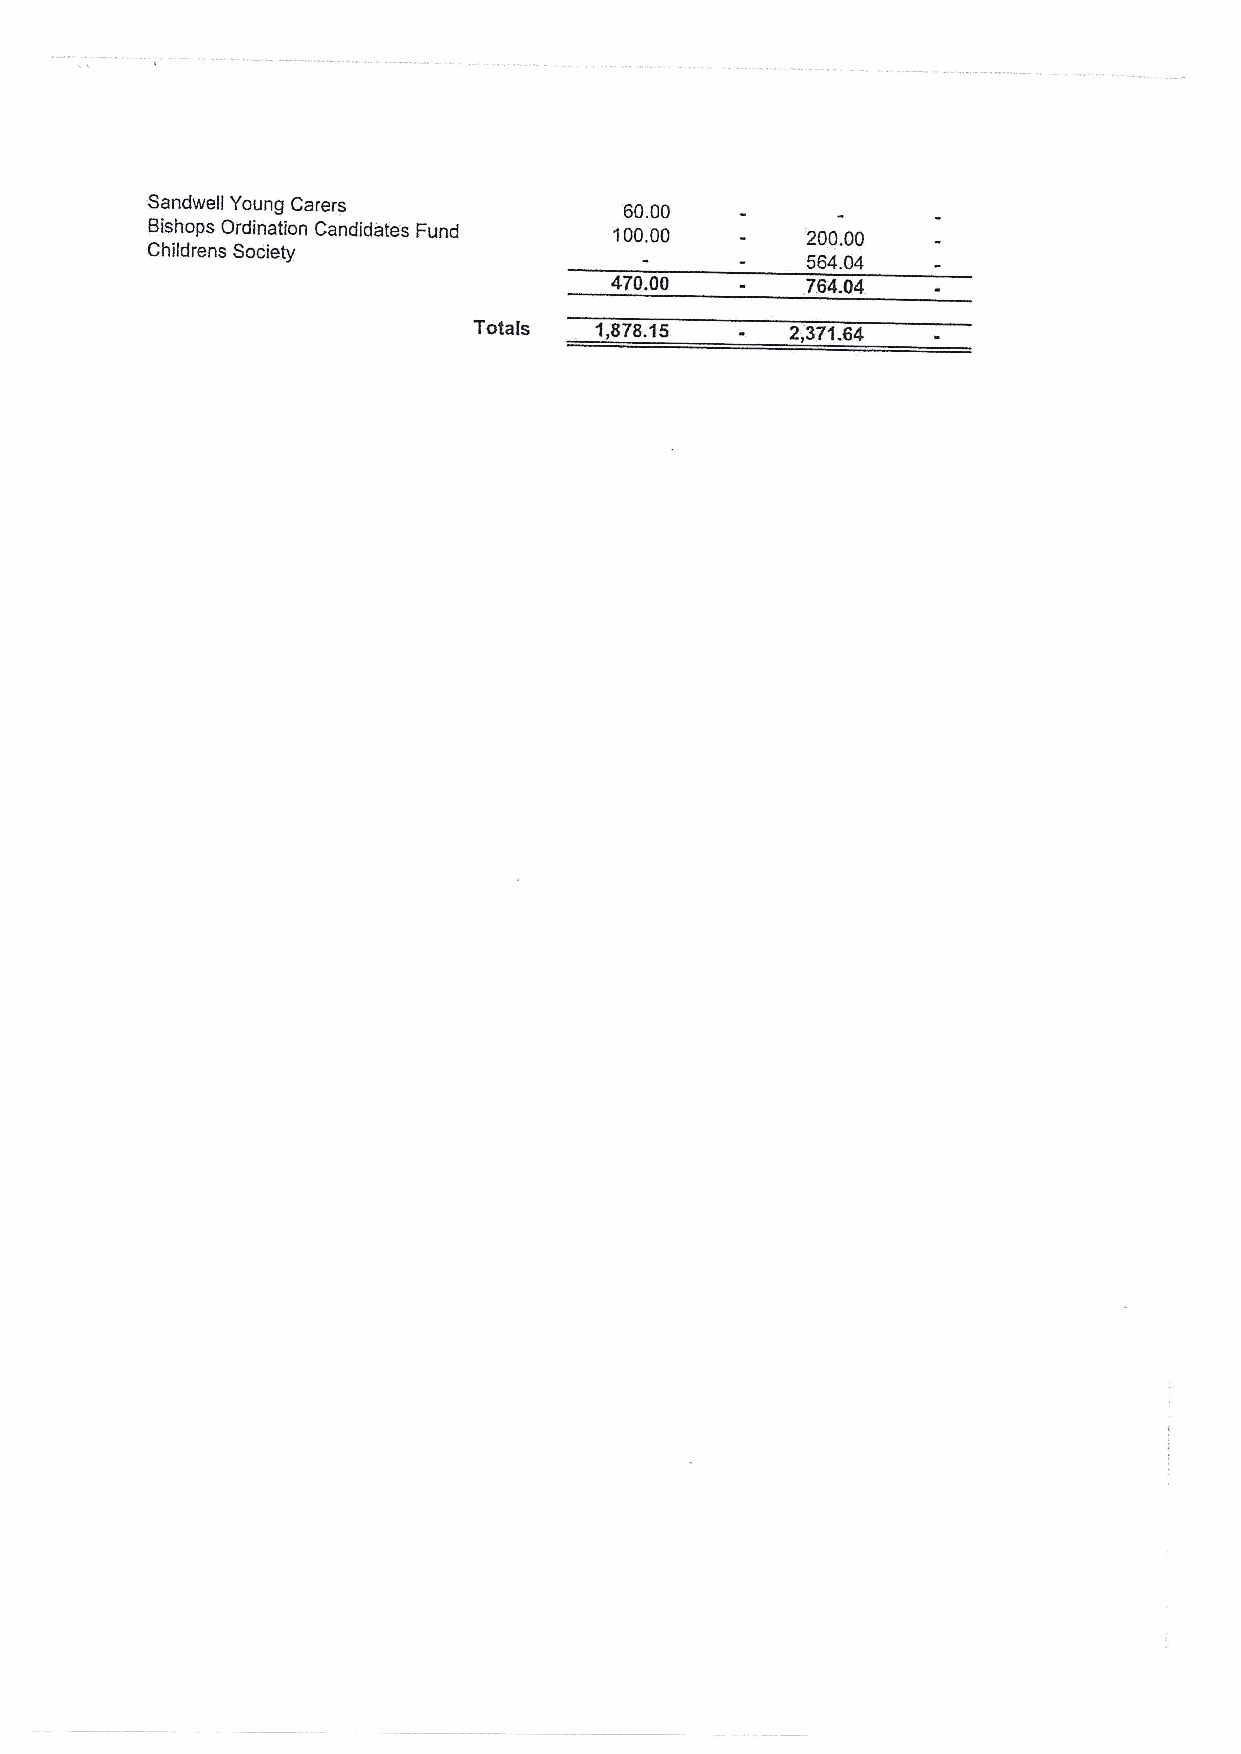
Sandwell Young Carers          60.00
 Bishops Ordination Candidates Fund 100.00  200.00
 Childrens Society
 564.04
 4?0.00       764.04.
 Totals  1,878.15     2,371.64